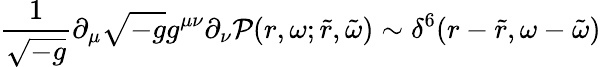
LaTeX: \frac{1}{\sqrt{-g}}\partial_{\mu}\sqrt{-g}g^{\mu\nu}\partial_{\nu}{\cal P}(r,\omega;\tilde{r},\tilde{\omega})\sim\delta^{6}(r-\tilde{r},\omega-\tilde{\omega})